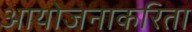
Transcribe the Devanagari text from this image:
आयोजनाकरिता